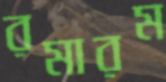
রমারম